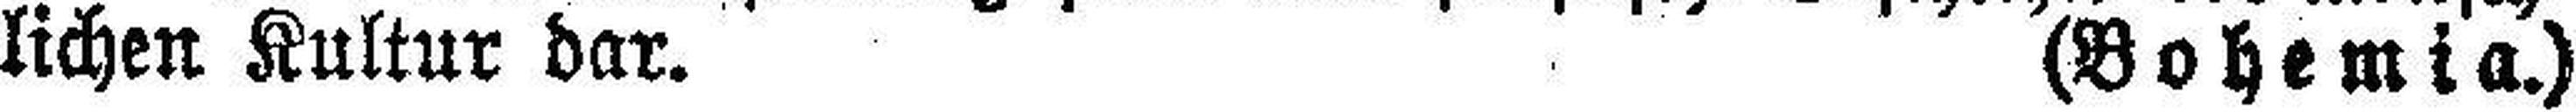
lichen Kultur dar. (Bohemia.)